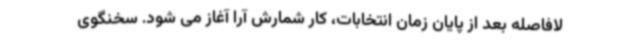
لافاصله بعد از پایان زمان انتخابات، کار شمارش آرا آغاز می شود. سخنگوی